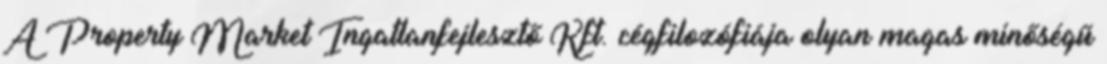
A Property Market Ingatlanfejlesztő Kft. cégfilozófiája olyan magas minőségű